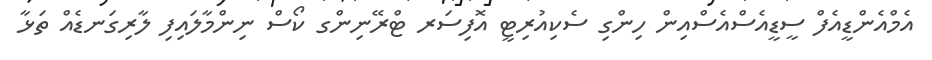
އެމްއެންޑީއެފް ސީޑީއެސްއެސްއިން ހިންގި ސެކިއުރިޓީ އޮފިސަރ ޓްރޭނިންގ ކޯސް ނިންމާލައިފި ލާރިގަނޑެއް ތަޅާ